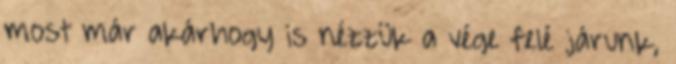
most már akárhogy is nézzük a vége felé járunk,